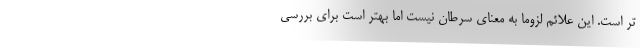
تر است. این علائم لزوماً به معنای سرطان نیست اما بهتر است برای بررسی